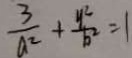
\frac { 3 } { a ^ { 2 } } + \frac { y ^ { 2 } } { b ^ { 2 } } = 1